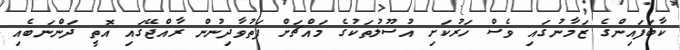
ކާބަފައިންގެ ޒަމާނުގައި ވެސް ހަރުކަށި އުސޫލުތަކުގެ މައްޗަށް ފަތުވާދިނުން ރާއްޖޭގައި އޮތީ ދަންނަބެއި